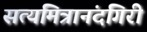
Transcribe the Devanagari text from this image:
सत्यमित्रानंदगिरी